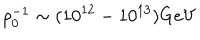
\rho _ { 0 } ^ { - 1 } \sim ( 1 0 ^ { 1 2 } - 1 0 ^ { 1 3 } ) \mathrm { G e V }